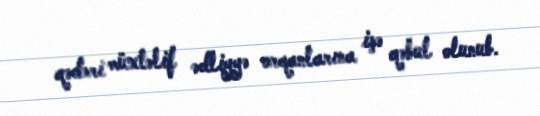
qədəri müxtəlif ədliyyə orqanlarına işə qəbul olunub.